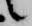
候